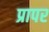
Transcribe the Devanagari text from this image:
प्रापर